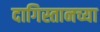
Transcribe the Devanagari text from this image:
दागिस्तानच्या